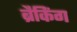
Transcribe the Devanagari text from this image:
ब्रैकिंग